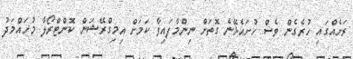
ރަށެއްގައި ހުރެގެން ވެސް ހުށައެޅޭނެ ގޮތަށް ނިންމާފައިވާ ކަމަށް އިމިގްރޭޝަން ކޮންޓްރޯލާ މުހައްމަދު